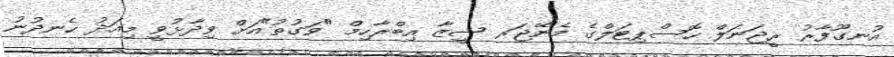
އުނގޫފާރު ރީޖަނަލް ހޮސްޕިޓަލްގެ މެނޭޖަރ ޝީޒާ އިބްރާހިމް "ވަގުތު"އަށް ވިދާޅުވީ މިއަދު ހެނދުނު